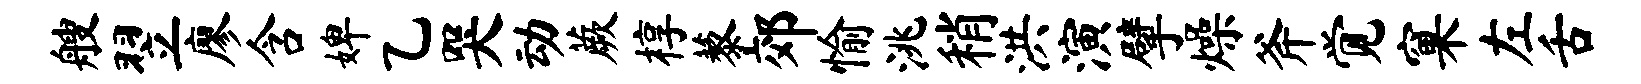
艘翌廖含婢乙哭动蕨椁藜郊愉洮稍洪演擘燥斧觉窠左舌